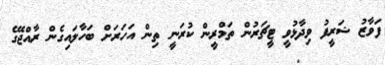
ފަވާާޒު ޝަރީފު ވިދާޅުވީ ޓީޗަރުން ތަމްރީން ކުރަނީ ތިން އަހަރަށް ބަހާލައިގެން ރާއްޖޭގެ